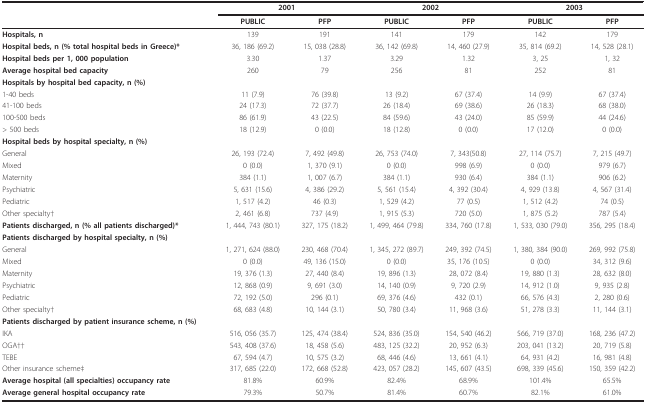
<table><thead><tr><td></td><td colspan="2"><b>2001</b></td><td colspan="2"><b>2002</b></td><td colspan="2"><b>2003</b></td></tr><tr><td></td><td><b>PUBLIC</b></td><td><b>PFP</b></td><td><b>PUBLIC</b></td><td><b>PFP</b></td><td><b>PUBLIC</b></td><td><b>PFP</b></td></tr></thead><tbody><tr><td><b>Hospitals, n</b></td><td>139</td><td>191</td><td>141</td><td>179</td><td>142</td><td>179</td></tr><tr><td><b>Hospital beds, n (% total hospital beds in Greece)*</b></td><td>36, 186 (69.2)</td><td>15, 038 (28.8)</td><td>36, 142 (69.8)</td><td>14, 460 (27.9)</td><td>35, 814 (69.2)</td><td>14, 528 (28.1)</td></tr><tr><td><b>Hospital beds per 1, 000 population</b></td><td>3.30</td><td>1.37</td><td>3.29</td><td>1.32</td><td>3, 25</td><td>1, 32</td></tr><tr><td><b>Average hospital bed capacity</b></td><td>260</td><td>79</td><td>256</td><td>81</td><td>252</td><td>81</td></tr><tr><td><b>Hospitals by hospital bed capacity, n (%)</b></td><td></td><td></td><td></td><td></td><td></td><td></td></tr><tr><td>1-40 beds</td><td>11 (7.9)</td><td>76 (39.8)</td><td>13 (9.2)</td><td>67 (37.4)</td><td>14 (9.9)</td><td>67 (37.4)</td></tr><tr><td>41-100 beds</td><td>24 (17.3)</td><td>72 (37.7)</td><td>26 (18.4)</td><td>69 (38.6)</td><td>26 (18.3)</td><td>68 (38.0)</td></tr><tr><td>100-500 beds</td><td>86 (61.9)</td><td>43 (22.5)</td><td>84 (59.6)</td><td>43 (24.0)</td><td>85 (59.9)</td><td>44 (24.6)</td></tr><tr><td>&gt; 500 beds</td><td>18 (12.9)</td><td>0 (0.0)</td><td>18 (12.8)</td><td>0 (0.0)</td><td>17 (12.0)</td><td>0 (0.0)</td></tr><tr><td><b>Hospital beds by hospital specialty, n (%)</b></td><td></td><td></td><td></td><td></td><td></td><td></td></tr><tr><td>General</td><td>26, 193 (72.4)</td><td>7, 492 (49.8)</td><td>26, 753 (74.0)</td><td>7, 343(50.8)</td><td>27, 114 (75.7)</td><td>7, 215 (49.7)</td></tr><tr><td>Mixed</td><td>0 (0.0)</td><td>1, 370 (9.1)</td><td>0 (0.0)</td><td>998 (6.9)</td><td>0 (0.0)</td><td>979 (6.7)</td></tr><tr><td>Maternity</td><td>384 (1.1)</td><td>1, 007 (6.7)</td><td>384 (1.1)</td><td>930 (6.4)</td><td>384 (1.1)</td><td>906 (6.2)</td></tr><tr><td>Psychiatric</td><td>5, 631 (15.6)</td><td>4, 386 (29.2)</td><td>5, 561 (15.4)</td><td>4, 392 (30.4)</td><td>4, 929 (13.8)</td><td>4, 567 (31.4)</td></tr><tr><td>Pediatric</td><td>1, 517 (4.2)</td><td>46 (0.3)</td><td>1, 529 (4.2)</td><td>77 (0.5)</td><td>1, 512 (4.2)</td><td>74 (0.5)</td></tr><tr><td>Other specialty†</td><td>2, 461 (6.8)</td><td>737 (4.9)</td><td>1, 915 (5.3)</td><td>720 (5.0)</td><td>1, 875 (5.2)</td><td>787 (5.4)</td></tr><tr><td><b>Patients discharged, n (% all patients discharged)*</b></td><td>1, 444, 743 (80.1)</td><td>327, 175 (18.2)</td><td>1, 499, 464 (79.8)</td><td>334, 760 (17.8)</td><td>1, 533, 030 (79.0)</td><td>356, 295 (18.4)</td></tr><tr><td><b>Patients discharged by hospital specialty, n (%)</b></td><td></td><td></td><td></td><td></td><td></td><td></td></tr><tr><td>General</td><td>1, 271, 624 (88.0)</td><td>230, 468 (70.4)</td><td>1, 345, 272 (89.7)</td><td>249, 392 (74.5)</td><td>1, 380, 384 (90.0)</td><td>269, 992 (75.8)</td></tr><tr><td>Mixed</td><td>0 (0.0)</td><td>49, 136 (15.0)</td><td>0 (0.0)</td><td>35, 176 (10.5)</td><td>0 (0.0)</td><td>34, 312 (9.6)</td></tr><tr><td>Maternity</td><td>19, 376 (1.3)</td><td>27, 440 (8.4)</td><td>19, 896 (1.3)</td><td>28, 072 (8.4)</td><td>19, 880 (1.3)</td><td>28, 632 (8.0)</td></tr><tr><td>Psychiatric</td><td>12, 868 (0.9)</td><td>9, 691 (3.0)</td><td>14, 140 (0.9)</td><td>9, 720 (2.9)</td><td>14, 912 (1.0)</td><td>9, 935 (2.8)</td></tr><tr><td>Pediatric</td><td>72, 192 (5.0)</td><td>296 (0.1)</td><td>69, 376 (4.6)</td><td>432 (0.1)</td><td>66, 576 (4.3)</td><td>2, 280 (0.6)</td></tr><tr><td>Other specialty†</td><td>68, 683 (4.8)</td><td>10, 144 (3.1)</td><td>50, 780 (3.4)</td><td>11, 968 (3.6)</td><td>51, 278 (3.3)</td><td>11, 144 (3.1)</td></tr><tr><td><b>Patients discharged by patient insurance scheme, n (%)</b></td><td></td><td></td><td></td><td></td><td></td><td></td></tr><tr><td>IKA</td><td>516, 056 (35.7)</td><td>125, 474 (38.4)</td><td>524, 836 (35.0)</td><td>154, 540 (46.2)</td><td>566, 719 (37.0)</td><td>168, 236 (47.2)</td></tr><tr><td>OGA††</td><td>543, 408 (37.6)</td><td>18, 458 (5.6)</td><td>483, 125 (32.2)</td><td>20, 952 (6.3)</td><td>203, 041 (13.2)</td><td>20, 719 (5.8)</td></tr><tr><td>TEBE</td><td>67, 594 (4.7)</td><td>10, 575 (3.2)</td><td>68, 446 (4.6)</td><td>13, 661 (4.1)</td><td>64, 931 (4.2)</td><td>16, 981 (4.8)</td></tr><tr><td>Other insurance scheme‡</td><td>317, 685 (22.0)</td><td>172, 668 (52.8)</td><td>423, 057 (28.2)</td><td>145, 607 (43.5)</td><td>698, 339 (45.6)</td><td>150, 359 (42.2)</td></tr><tr><td><b>Average hospital (all specialties) occupancy rate</b></td><td>81.8%</td><td>60.9%</td><td>82.4%</td><td>68.9%</td><td>101.4%</td><td>65.5%</td></tr><tr><td><b>Average general hospital occupancy rate</b></td><td>79.3%</td><td>50.7%</td><td>81.4%</td><td>60.7%</td><td>82.1%</td><td>61.0%</td></tr></tbody></table>